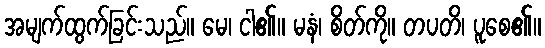
အမျက်ထွက်ခြင်းသည်။ မေ၊ ငါ၏။ မနံ၊ စိတ်ကို။ တပတိ၊ ပူစေ၏။